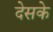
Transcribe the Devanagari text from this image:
देसके